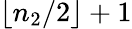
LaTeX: \lfloor n_{2}/2\rfloor+1